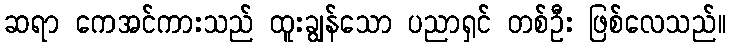
ဆရာ ကေအင်ကားသည် ထူးချွန်သော ပညာရှင် တစ်ဦး ဖြစ်လေသည်။